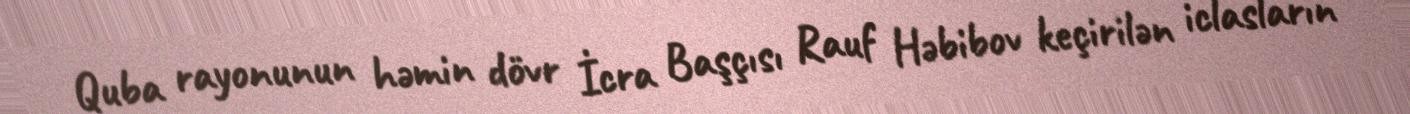
Quba rayonunun həmin dövr İcra Başçısı Rauf Həbibov keçirilən iclasların